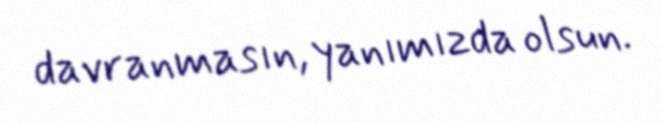
davranmasın, yanımızda olsun.